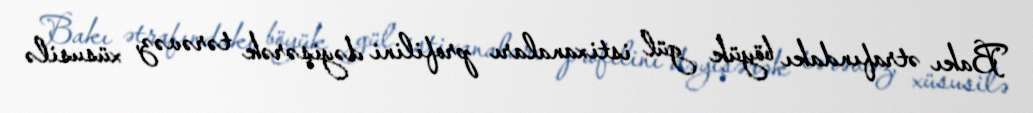
Bakı ətrafındakı böyük gül istixanaları profilini dəyişərək tərəvəz, xüsusilə